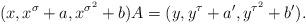
LaTeX: \begin{align*}(x,x^\sigma +a,x^{\sigma^2}+b) A=(y,y^\tau+a',y^{\tau^2}+b').\end{align*}